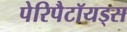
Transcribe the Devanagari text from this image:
पेरिपैटॉयड्स